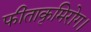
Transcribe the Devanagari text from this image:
फीताकृमिरोग।